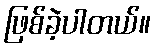
ဖြစ်ခဲ့ပါတယ်။